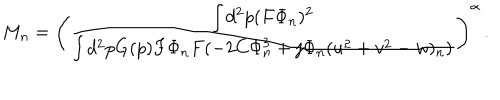
M _ { n } = \left( { \frac { \int d ^ { 2 } p ( F \Phi _ { n } ) ^ { 2 } } { \int d ^ { 2 } p G ( p ) F \Phi _ { n } F ( - 2 C \Phi _ { n } ^ { 3 } + j \Phi _ { n } ( u ^ { 2 } + v ^ { 2 } - w ) _ { n } ) } } \right) ^ { \alpha } \, .